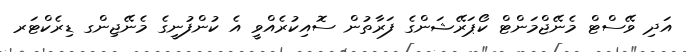
އަދި ވޭސްޓް މެނޭޖްމަންޓް ކޯޕަރޭޝަންގެ ފަރާތުން ސޮއިކުރެއްވީ އެ ކުންފުނީގެ މެނޭޖިންގ ޑިރެކްޓަރ